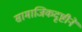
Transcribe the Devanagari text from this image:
सामाजिकदृष्टीने